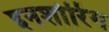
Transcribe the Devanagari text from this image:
इनशोरिंग